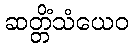
ဆတ္တိံသံယေဝ